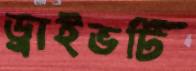
ড্রাইভটি